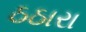
ઠઠારા